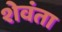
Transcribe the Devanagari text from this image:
शेवंता